Report on vaccination in Madras 1895-1903 - 1895-1903
Year: 1895
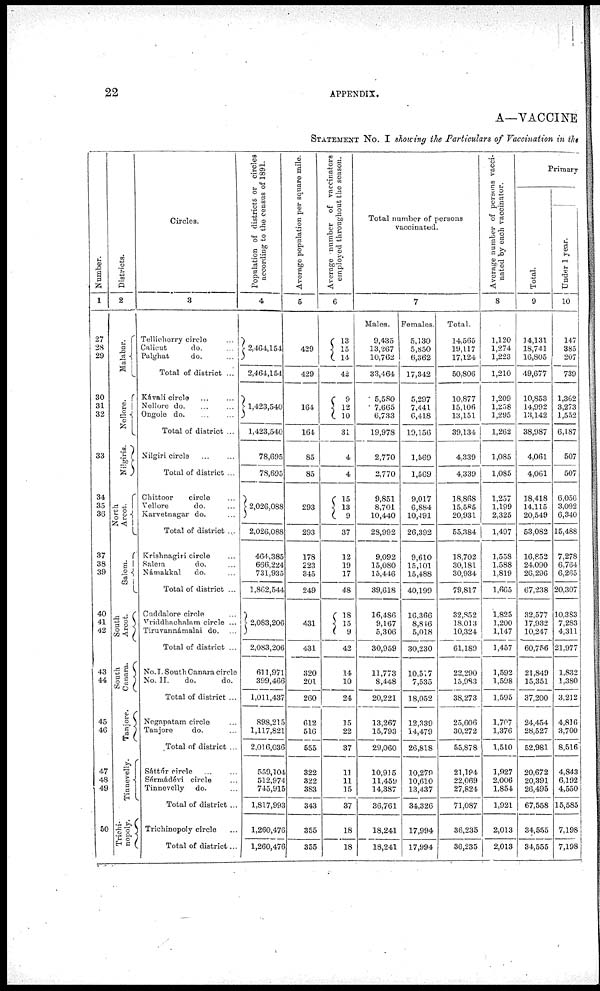
22
APPENDIX.
A—VACCINE
STATEMENT No. I showing the Particulars of Vaccination in the
Number.
1
27
28
29
30
31
32
33
34
35
36
37
38
39
40
41
42
43
44
45
46
47
48
49
50
Districts.
2
Malabar.
Nellore.
Nilgiris.
North
Arcot.
Salem.
South
Arcot.
South
Canara.
Tanjore.
Tinnevelly.
Trichi-
nopoly.
Circles.
3
Tellicherry circle ...
Calicut
do. ...
Palghat
do. ...
Total of district ...
Kávali circle ... ...
Nellore do. ... ...
Ongole do.
...
...
Total of district ...
Nilgiri circle ... ...
Total of district ...
Chittoor
circle ...
Vellore
do. ...
Karvetnagar do. ...
Total of district ...
Krishnagiri circle ...
Salem
do. ...
Námakkal
do. ...
Total of district ...
Cuddalore circle ...
Vriddhachalam circle ...
Tiruvannámalai do. ...
Total of district ...
No. I. South Canara circle
No. II.
do.
do.
Total of district ...
Negapatam circle ...
Tanjore
do. ...
Total of district ...
Sáttúr circle ... ...
Sérmádévi circle ...
Tinnevelly do. ...
Total of district ...
Trichinopoly circle ...
Total of district ...
Population of districts or circles
according to the census of 1891.
4
2,464,154
2,464,154
1,423,540
1,423,540
78,695
78,695
2,026,088
2,026,088
464,385
666,224
731,935
1,862,544
2,083,206
2,083,206
611,971
399,466
1,011,437
898,215
1,117,821
2,016,036
559,104
512,974
745,915
1,817,993
1,260,476
1,260,476
Average population per square mile.
5
429
429
164
164
85
85
293
293
178
223
345
249
431
431
320
201
260
612
516
555
322
322
383
343
355
355
Average number of vaccinators
employed throughout the season.
6
13
15
14
42
9
12
10
31
4
4
15
13
9
37
12
19
17
48
18
15
9
42
14
10
24
15
22
37
11
11
15
37
18
18
Total number of persons
vaccinated.
7
Males.
9,435
13,267
10,762
33,464
5,580
7,665
6,733
19,978
2,770
2,770
9,851
8,701
10,440
28,992
9,092
15,080
15,446
39,618
16,486
9,167
5,306
30,959
11,773
8,448
20,221
13,267
15,793
29,060
10,915
11,459
14,387
36,761
18,241
18,241
Females.
5,130
5,850
6,362
17,342
5,297
7,441
6,418
19,156
1,569
1,569
9,017
6,884
10,491
26,392
9,610
15,101
15,488
40,199
16,366
8,846
5,018
30,230
10,517
7,535
18,052
12,339
14,479
26,818
10,279
10,610
13,437
34,326
17,994
17,994
Total.
14,565
19,117
17,124
50,806
10,877
15,106
13,151
39,134
4,339
4,339
18,868
15,585
20,931
55,384
18,702
30,181
30,934
79,817
32,852
18,013
10,324
61,189
22,290
15,983
38,273
25,606
30,272
55,878
21,194
22,069
27,824
71,087
36,235
36,235
Average number of persons vacci-
nated by each vaccinator.
8
1,120
1,274
1,223
1,210
1,209
1,258
1,295
1,262
1,085
1,085
1,257
1,199
2,325
1,497
1,558
1,588
1,819
1,665
1,825
1,200
1,147
1,457
1,592
1,598
1,595
1,707
1,376
1,510
1,927
2,006
1,854
1,921
2,013
2,013
Primary
Total.
9
14,131
18,741
16,805
49,677
10,853
14,992
13,142
38,987
4,061
4,061
18,418
14,115
20,549
53,082
16,852
24,090
26,296
67,238
32,577
17,932
10,247
60,756
21,849
15,351
37,200
24,454
28,527
52,981
20,672
20,391
26,495
67,558
34,555
34,555
Under 1 year.
10
147
385
207
739
1,362
3,273
1,552
6,187
507
507
6,056
3,092
6,340
15,488
7,278
6,764
6,265
20,307
10,383
7,283
4,311
21,977
1,832
1,380
3,212
4,816
3,700
8,516
4,843
6,192
4,550
15,585
7,198
7,198